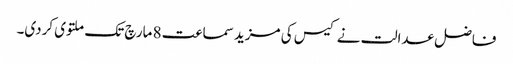
فاضل عدالت نے کیس کی مزید سماعت 8 مارچ تک ملتوی کردی۔